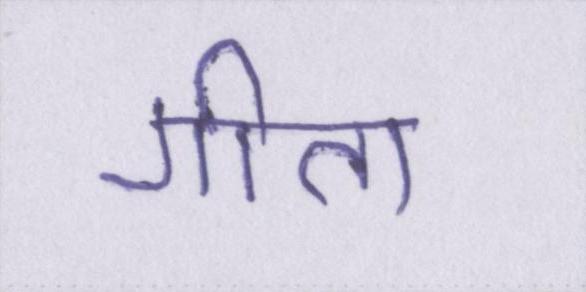
गीता